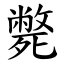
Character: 斃